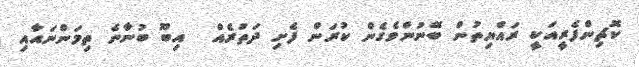
ކޮޗިންފެރީއަކީ ރައްޔިތުން ބޭނުންވެގެން ކުރަން ފެށި ދަތުރެއް  އިބޫ ބުނާނެ ތިމަންނައާއި